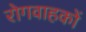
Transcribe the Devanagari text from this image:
रोगवाहकों